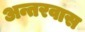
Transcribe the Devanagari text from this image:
अन्तरवास